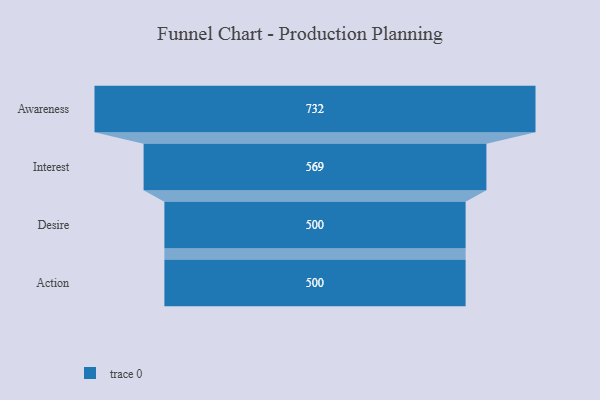
{"axis": {"x": "Stage", "y": "Value"}, "legend": [""], "data": [{"x": "Awareness", "y": 732.0, "type": ""}, {"x": "Interest", "y": 569.0, "type": ""}, {"x": "Desire", "y": 500, "type": ""}, {"x": "Action", "y": 500, "type": ""}]}